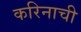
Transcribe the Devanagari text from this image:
करिनाची